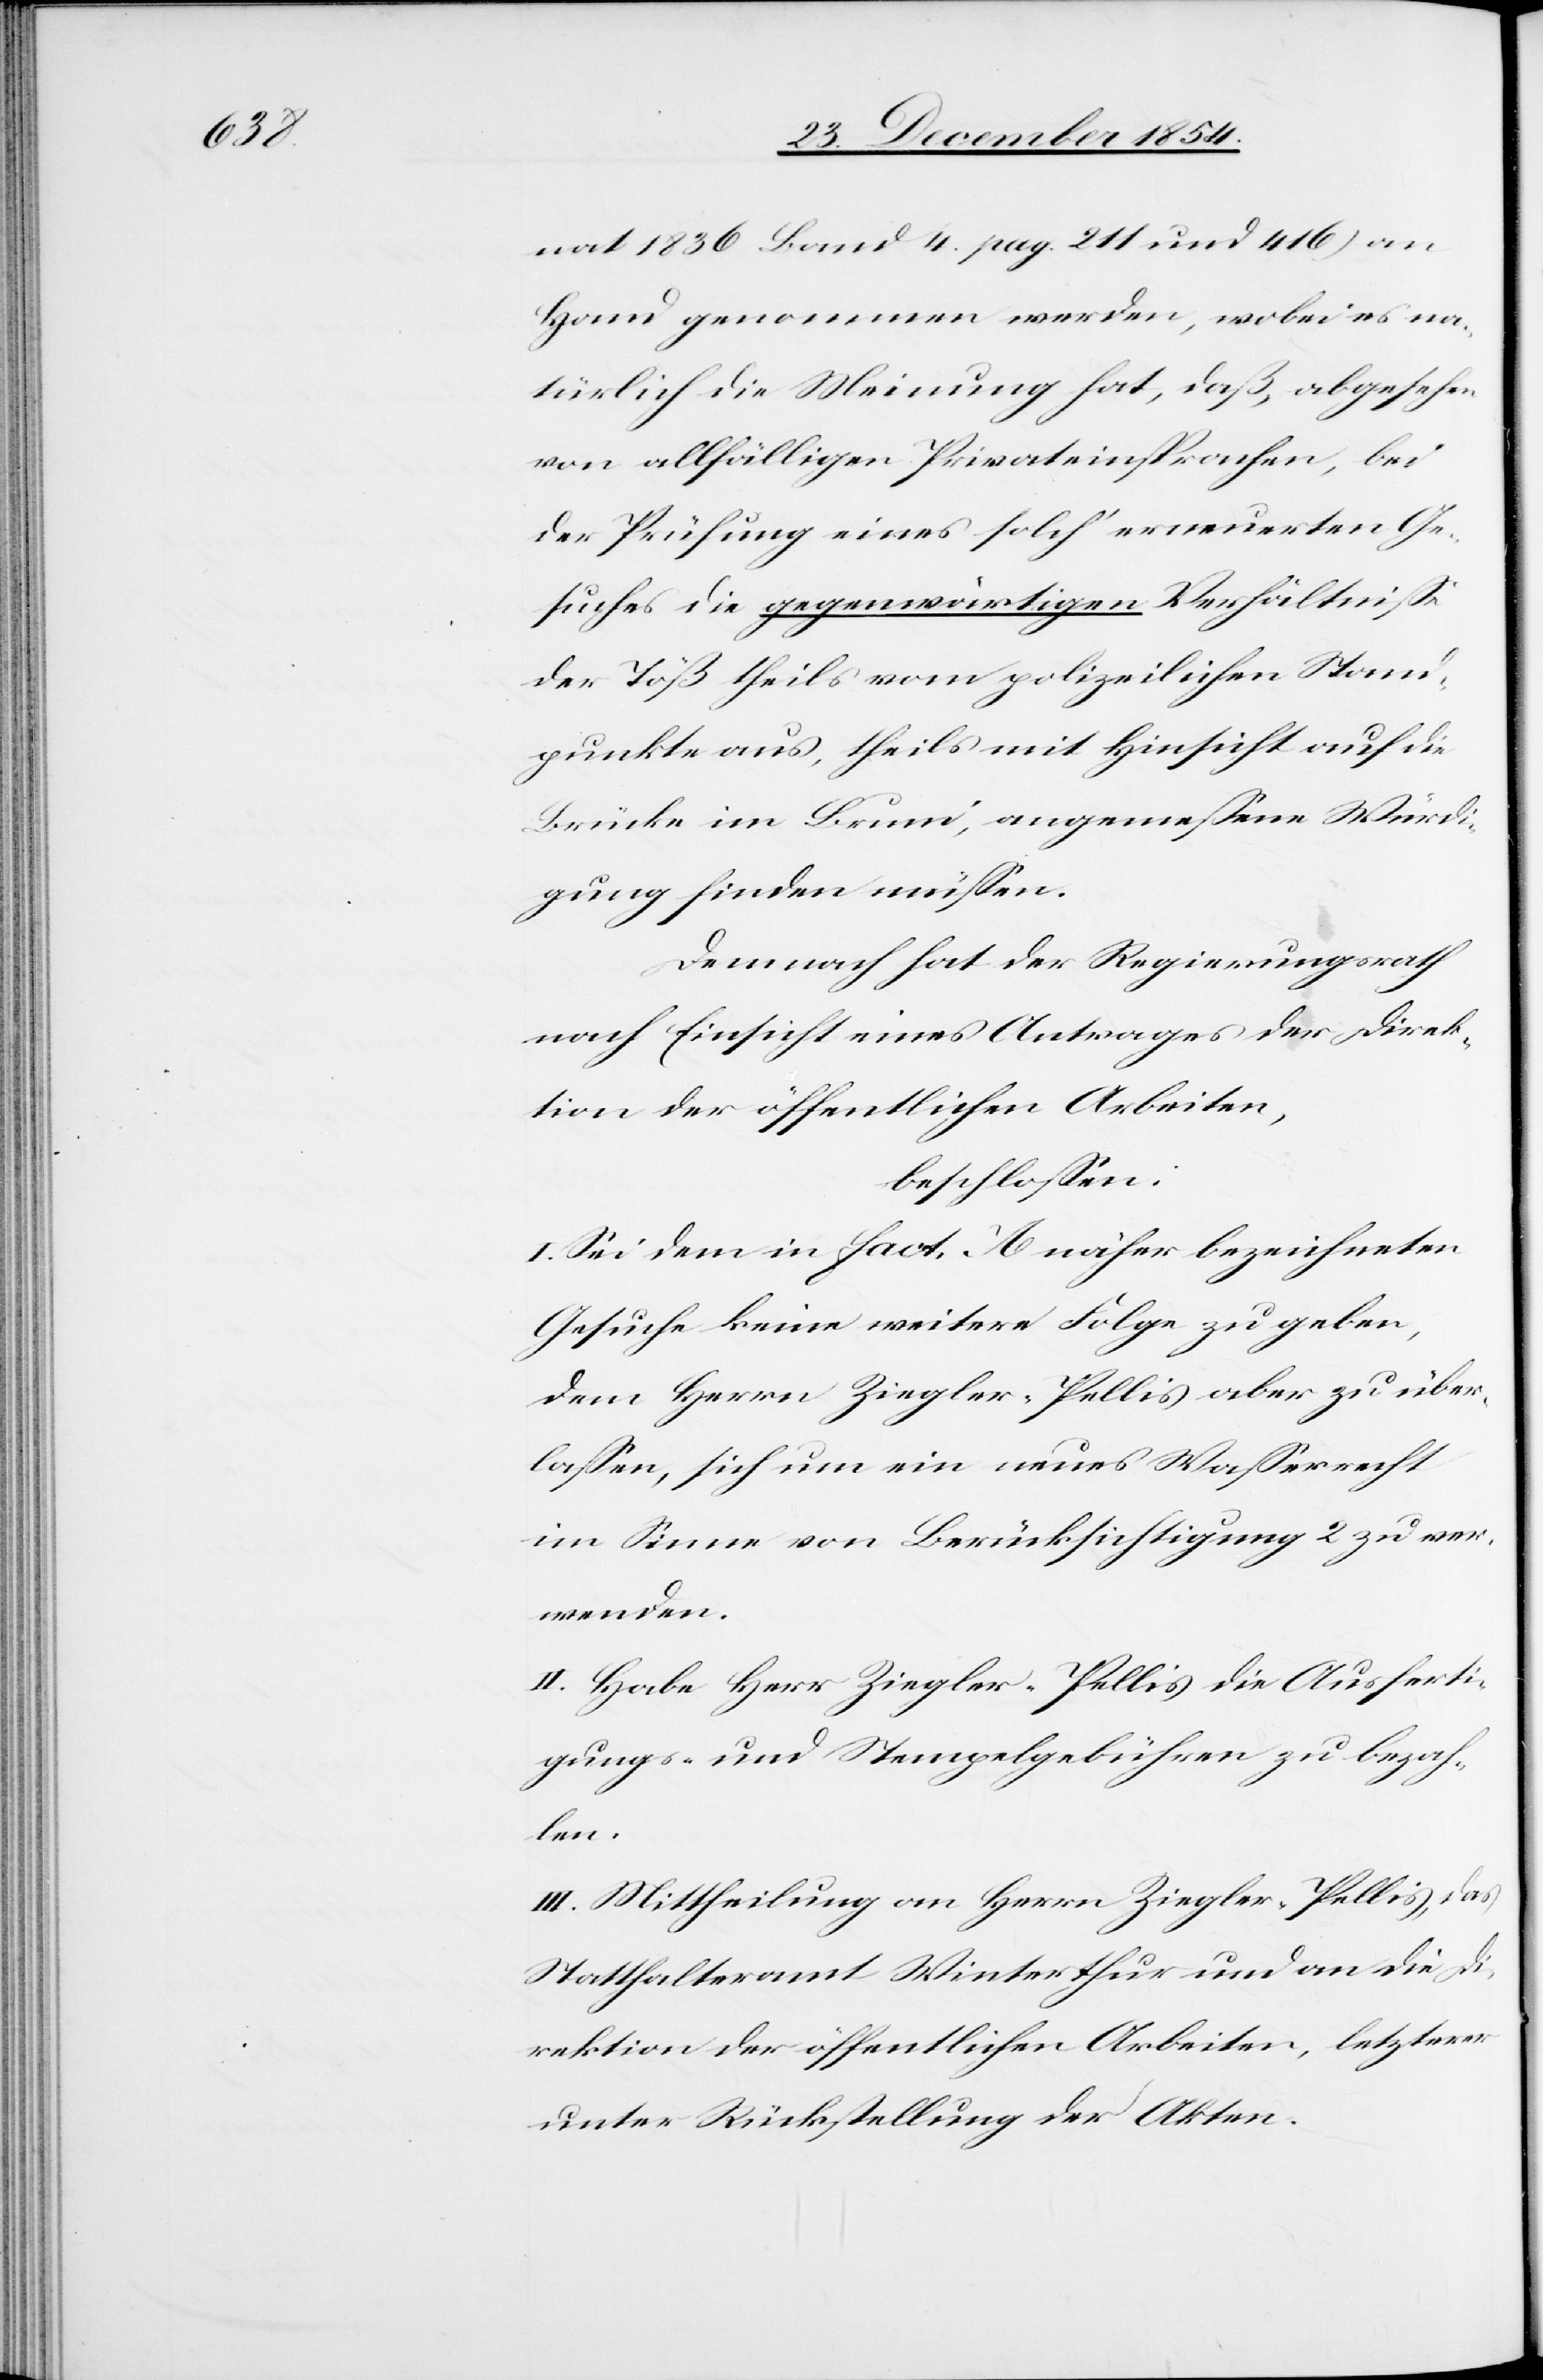
nat 1836 Band 4. []. 211 und 416) an
Hand genommen werden, wobei es na¬
türlich die Meinung hat, daß, abgesehen
von allfälligen Privateinsprachen, bei
der Prüfung eines solch‘ erneuerten Ge¬
suches die gegenwärtigen Verhältniße
der Töß theils vom polizeilichen Stand¬
punkte aus, theils mit Hinsicht auf die
Brücke im Bruni, angemeßene Würdi¬
gung finden müßen.
Demnach hat der Regierungsrath
nach Einsicht eines Antrages der Direk¬
tion der öffentlichen Arbeiten,
beschloßen:
I. Sei dem in fact. A näher bezeichneten
Gesuche keine weitere Folge zu gaben,
dem Herrn Ziegler-Pellis aber zu über¬
laßen, sich um ein neues Waßerrecht
im Sinne von Berücksichtigung 2 zu ver¬
wenden.
II. Habe Herr Ziegler-Pellis die Ausferti¬
gungs- und Stempelgebühren zu bezah¬
len.
III. Mittheilung an Herrn Ziegler-Pellis, das
Statthalteramt Winterthur und an die D¬
irektion der öffentlichen Arbeiten, letzterer
unter Rückstellung der Akten.